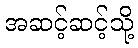
အဆင့်ဆင့်သို့